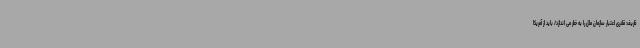
ظریف: قلدری اعتبار سازمان ملل را به خطر می اندازد/ باید از آمریکا